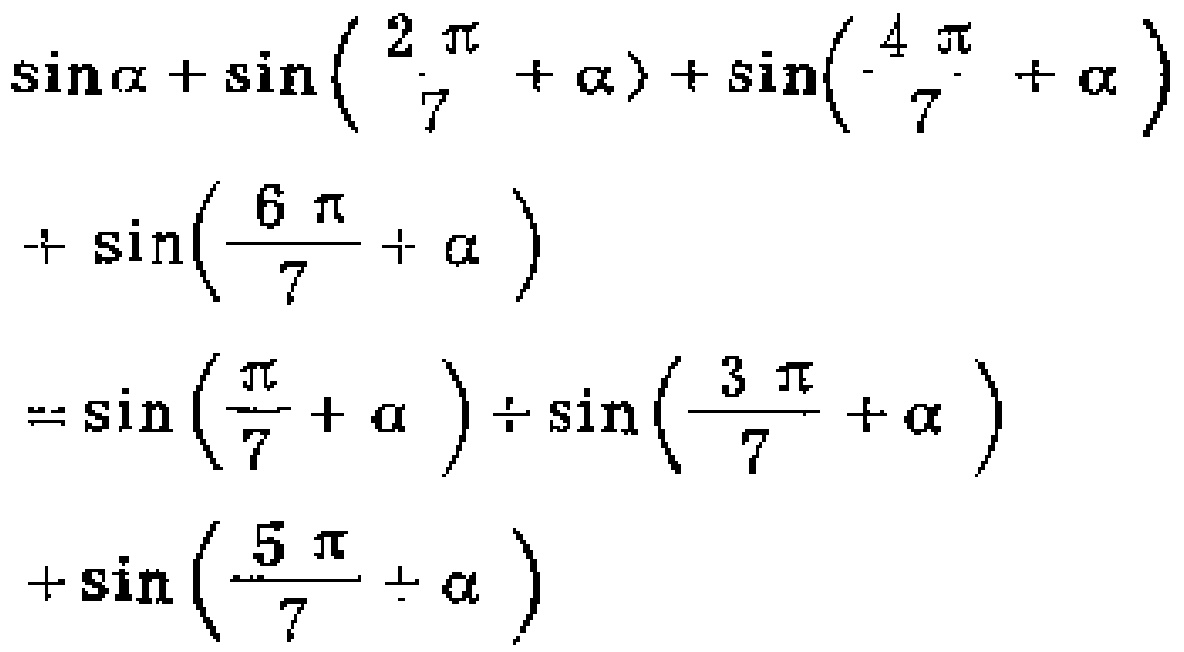
\(\sin\alpha+\sin\left(\frac{2\pi}{7}+\alpha\right)+\sin\left(\frac{4\pi}{7}+\alpha\right)+\sin\left(\frac{6\pi}{7}+\alpha\right)=\sin\left(\frac{\pi}{7}+\alpha\right)+\sin\left(\frac{3\pi}{7}+\alpha\right)+\sin\left(\frac{5\pi}{7}+\alpha\right)\)